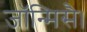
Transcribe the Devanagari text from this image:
जॉन्मिसै।